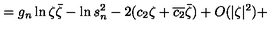
= g _ { n } \ln \zeta \bar { \zeta } - \ln s _ { n } ^ { 2 } - 2 ( c _ { 2 } \zeta + \overline { { c _ { 2 } } } \bar { \zeta } ) + O ( | \zeta | ^ { 2 } ) +